King Institute of Preventive Medicine Bacteriolog. Section reports 1907-08
Year: 1907
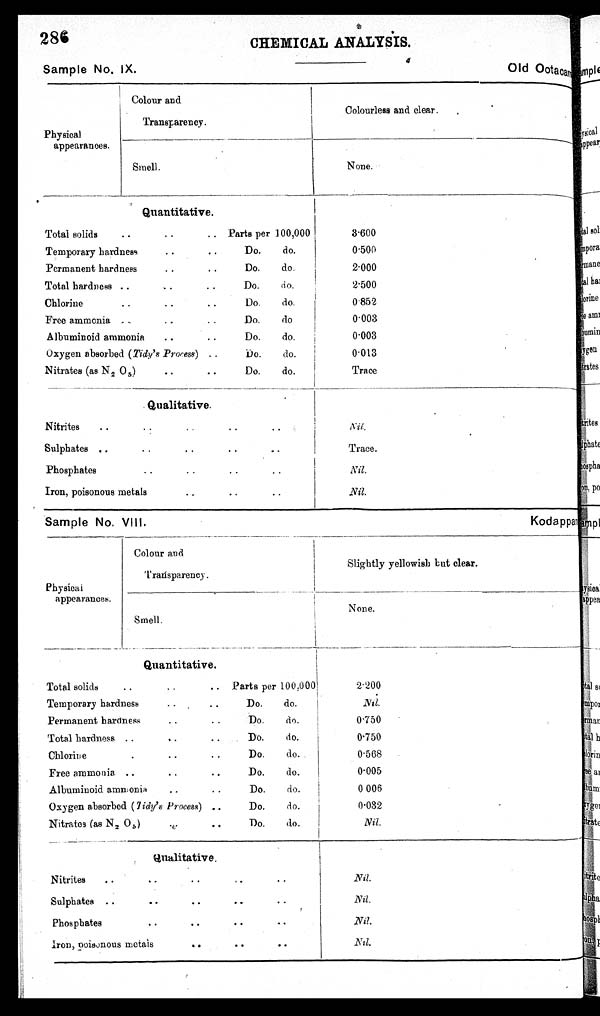
Sample No. VIII.
K o d a p p a m
286
Sam p le No. IX.
CHEMICAL ANALYSIS.
o I d Ootacam
Physical
appearances.
Colour and
Transparency.
Colourless and clear.
None.
Smell.
Quantitative.
Total solids
..
. . Parts per 100,00
. •
Temporary hardness
..
Do.
do.
Permanent hardness
..
Do.
do.
•
Total hardness ..
..
Do.
do,
Chlorine
• .
..
Do.
do.
..
Free ammonia
Do.
do
.
Albuminoid ammonia. .
Do.
do.
Oxygen absorbed ( Tidy's Process) ..
Do.
do.
Nitrates (as N 2 0 5 )
• .
• •
Do.
do.
3.600
0.500
2.000
2 . 5 0 0
0.852
0.003
0.003
0.013
Trace
Qualitative.
. .
• .
• •
Nitrites
• •
..
Sulphates ..
..
..
• 3
• •
Phosphates
. .
. .
.
. .
Iron, poisonous metals
..
..
. .
Nil.
Trace.
Nil.
Nil.
Physical
appearances.
Colour and
Transparency.
_
Slightly yellowish but clear.
Smell.
1
None.
Quantitative.
Total solids
..
..
.. Parts per 100,000
Temporary hardness
• • .
• •
Do.
do.
Permanent hardness
..
..
Do.
do.
Total hardness ..
,
. Do.
do.
Chlorine
• .
• .
Do.
do.
Free ammonia ..
• • .
Do.
do.
Albuminoid ammonia
..
..
Do.
do.
Oxygen absorbed (Tidy's Process) • .
Do,
do.
Nitrates (as N 2 05)
1
• .
Do.
do.
2.200
Nil.
0.750
0.750
0.568
0.005
i
0 006
0.032
Nil.
qualitative.
Nitrites..
..
• •
1 •
• •
Sulphates ..
..
• •
• .
• •
Phosphates
..
• •
..
..
Iron, poisonous metals
• •
• •
..
Nil.
Nil.
Nil.
Nil.